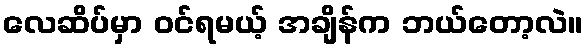
လေဆိပ်မှာ ဝင်ရမယ့် အချိန်က ဘယ်တော့လဲ။